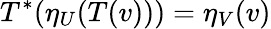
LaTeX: T^{*}(\eta_{U}(T(v)))=\eta_{V}(v)